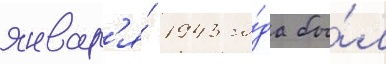
январ'я́ 1943 го́да бы́л